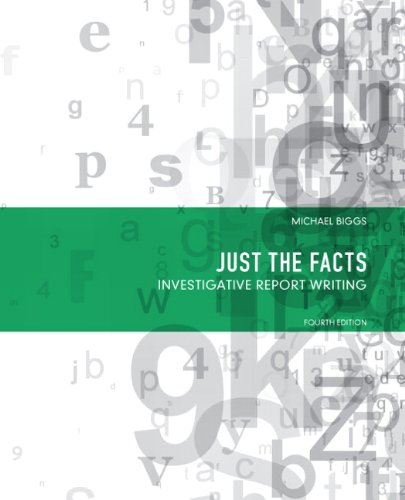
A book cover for Just the Facts: Investigative Report Writing (4th Edition); Michael Biggs; Law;